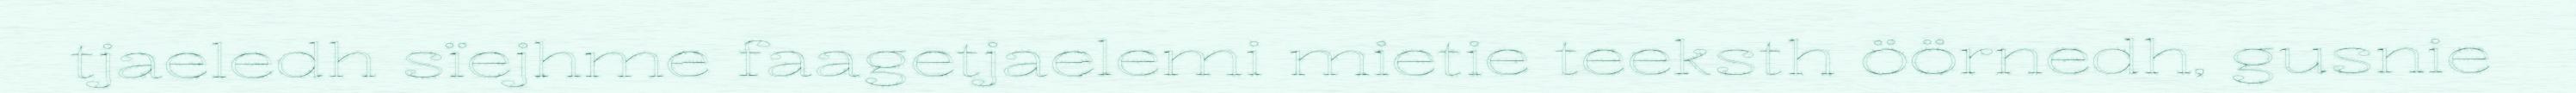
tjaeledh sïejhme faagetjaelemi mietie teeksth öörnedh, gusnie